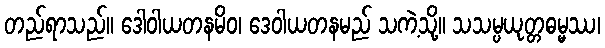
တည်ရာသည်။ ဒေါဝါယတနမိဝ၊ ဒေဝါယတနမည် သကဲ့သို့။ သသမ္ပယုတ္တဓမ္မဿ၊